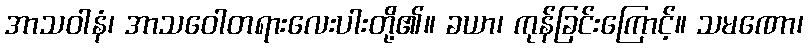
အာသဝါနံ၊ အာသဝေါတရားလေးပါးတို့၏။ ခယာ၊ ကုန်ခြင်းကြောင့်။ သမဏော၊